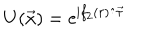
U ( \vec { x } ) = { \mathrm { e } } ^ { \mathrm { i } f _ { 2 } ( r ) \hat { \cdot } \vec { \tau } }